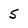
Character: 5